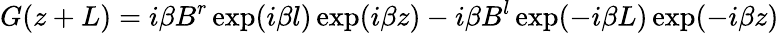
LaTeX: G(z+L)=i\beta B^{r}\exp(i\beta l)\exp(i\beta z)-i\beta B^{l}\exp(-i\beta L)\exp(-i\beta z)